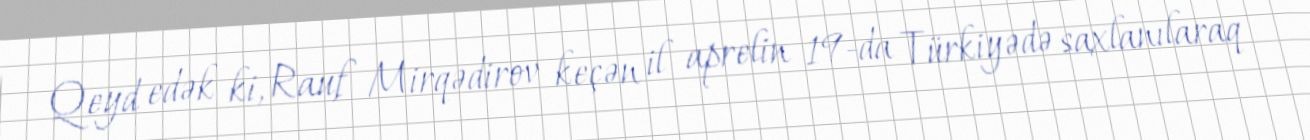
Qeyd edək ki, Rauf Mirqədirov keçən il aprelin 19-da Türkiyədə saxlanılaraq